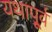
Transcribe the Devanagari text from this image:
यथापू्र्व